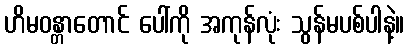
ဟိမဝန္တာတောင် ပေါ်ကို အကုန်လုံး သွန်မပစ်ပါနဲ့။